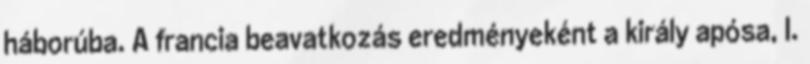
háborúba. A francia beavatkozás eredményeként a király apósa, I.